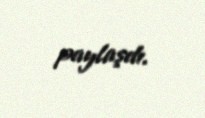
paylaşdı.